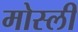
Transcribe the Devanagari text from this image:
मोस्ली